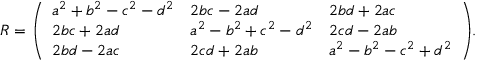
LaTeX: R = { \left( \begin{array} { l l l } { a ^ { 2 } + b ^ { 2 } - c ^ { 2 } - d ^ { 2 } } & { 2 b c - 2 a d } & { 2 b d + 2 a c } \\ { 2 b c + 2 a d } & { a ^ { 2 } - b ^ { 2 } + c ^ { 2 } - d ^ { 2 } } & { 2 c d - 2 a b } \\ { 2 b d - 2 a c } & { 2 c d + 2 a b } & { a ^ { 2 } - b ^ { 2 } - c ^ { 2 } + d ^ { 2 } } \end{array} \right) } .